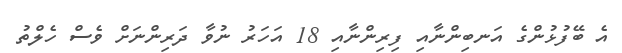
އެ ބޭފުޅުންގެ އަނބިންނާއި ފިރިންނާއި 18 އަހަރު ނުވާ ދަރިންނަށް ވެސް ހެލްތު